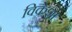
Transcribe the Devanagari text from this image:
विकेशा